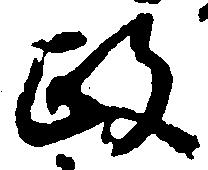
政